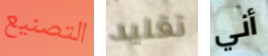
التصنيع تقليد أني